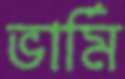
ভার্মি